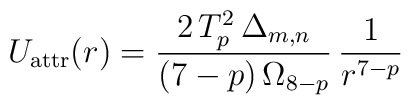
U_{\rm attr}(r) = \frac{2\,T_p^2\,\Delta_{m,n}}{(7-p)\,\Omega_{8-p}}\,\frac{1}{r^{7-p}}